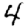
Digit: 4